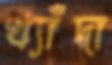
খ্যাঁদা